Civil Veterinary Department Bihar & Orissa reports 1922-29 - 1922-1929
Year: 1922
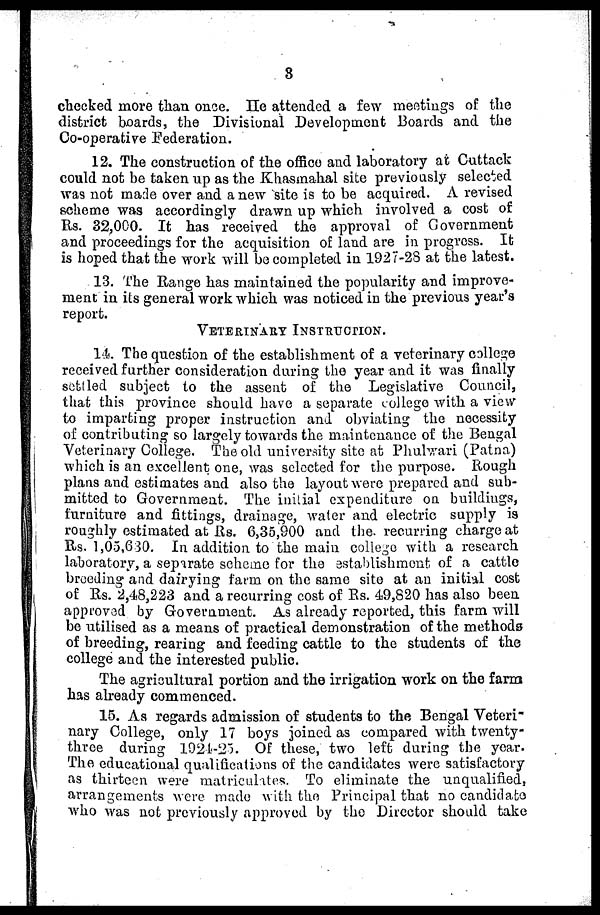
8
checked more than once. He attended a few meetings of the
district boards, the Divisional Development Boards and the
Co-operative federation.
12. The construction of the office and laboratory at Cuttack.
could not be taken up as the Khasinahal site previously selected
was not made over and a new site is to be acquired. A revised
scheme was accordingly drawn up which involved a cost of
Rs. 32,000. It has received the approval of Government
and proceedings for the acquisition of land are in progress. It
is hoped that the work will be completed in 1927-28 at the latest.
13. The Range has maintained the popularity and improve-
ment in its general work which was noticed ID the previous year's
report.
VETERINARY INSTRUCTION.
14. The question of the establishment of a veterinary college
received further consideration during the year -and it was finally
settled subject to the assent of the Legislative Council,
that this province should have a separate college with a view
to imparting proper instruction and obviating the necessity
of contributing so largely towards the maintenance of the Bengal
Veterinary College. The old university site at Phuhvari (Patna)
which is an excellent one, was selected for the purpose. Rough
plans and estimates and also the layout were prepared and sub-
mitted to Government. The initial expenditure on buildings,
furniture and fittings, drainage, water and electric supply is
roughly estimated at Rs. 6,35,900 and the. recurring charge at
Rs. 1,05,630. In addition to the main college with a research
laboratory, a separate scheme for the establishment of a cattle
breeding and dairying farm on the same site at an initial cost
of Rs. 2,48,223 and a recurring cost of Rs. 49,820 has also been
approved by Government. As already reported, this farm will
be utilised as a means of practical demonstration of the methods
of breeding, rearing and feeding cattle to the students of the
college and the interested public.
The agricultural portion and the irrigation work on the farm
has already commenced.
15. As regards admission of students to the Bengal Veteri-
nary College, only 17 boys joined as compared with twenty-
three during 1921-25. Of these, two left during the year.
The educational qualifications of the candidates were satisfactory
as thirteen were matriculates. To eliminate the unqualified,
arrangements were made with the Principal that no candidate
who was not previously approved by the Director should take